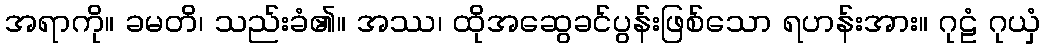
အရာကို။ ခမတိ၊ သည်းခံ၏။ အဿ၊ ထိုအဆွေခင်ပွန်းဖြစ်သော ရဟန်းအား။ ဂုဠံ ဂုယှံ